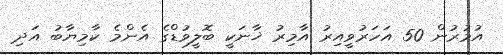
އުމުރުން 50 އަހަރުވީއިރު އާމިރު ޚާނަކީ ބޮލީވުޑްގެ އެންމެ ކާމިޔާބު އަދި